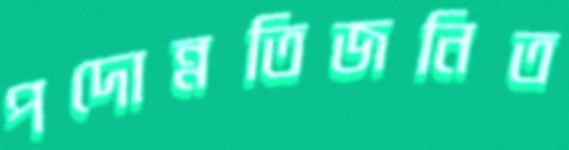
পদোন্নতিজনিত